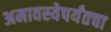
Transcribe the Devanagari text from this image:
अमावस्येपर्यंतचा